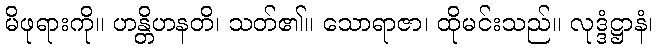
မိဖုရားကို။ ဟန္တိဟနတိ၊ သတ်၏။ သောရာဇာ၊ ထိုမင်းသည်။ လုဒ္ဒံဋ္ဌာနံ၊